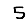
Digit: 5